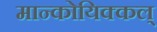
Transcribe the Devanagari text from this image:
मान्कोयिक्कल्